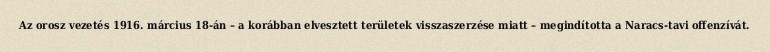
Az orosz vezetés 1916. március 18-án – a korábban elvesztett területek visszaszerzése miatt – megindította a Naracs-tavi offenzívát.